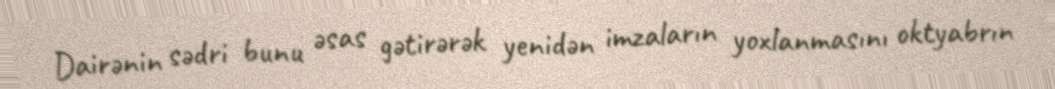
Dairənin sədri bunu əsas gətirərək yenidən imzaların yoxlanmasını oktyabrın